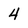
Character: 4